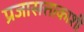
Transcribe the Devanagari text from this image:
प्रजासत्ताकाशी